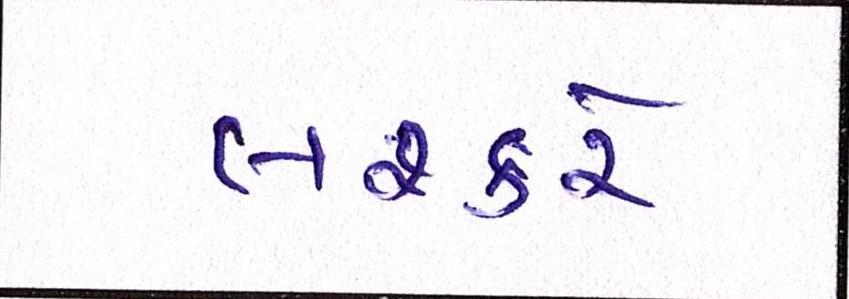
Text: લશ્કરે